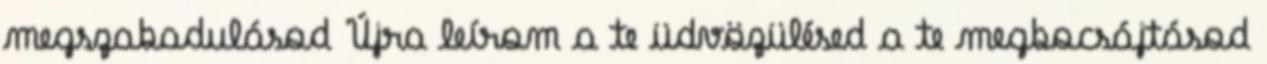
megszabadulásod Újra leírom a te üdvözülésed a te megbocsájtásod